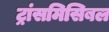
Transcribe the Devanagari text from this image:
ट्रांसमिसिबल